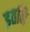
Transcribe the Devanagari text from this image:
इतनि